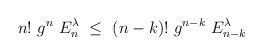
\begin{align*}n!~g^n~E_n^{\lambda}~\le~(n-k)!~g^{n-k}~E_{n-k}^{\lambda}~ \end{align*}